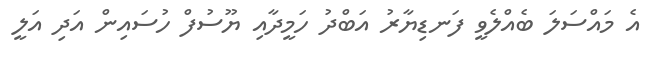
އެ މައްސަލަ ބެއްލެވީ ފަނޑިޔާރު އަބްދު ހަމީދާއި ޔޫސުފް ހުސައިން އަދި އަލީ